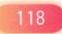
\(118\)